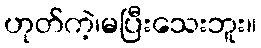
ဟုတ်ကဲ့၊မပြီးသေးဘူး။